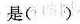
是（）